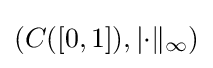
(C([0,1]),|{\cdot }\|_{\infty })